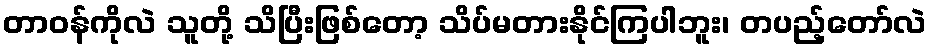
တာဝန်ကိုလဲ သူတို့ သိပြီးဖြစ်တော့ သိပ်မတားနိုင်ကြပါဘူး၊ တပည့်တော်လဲ